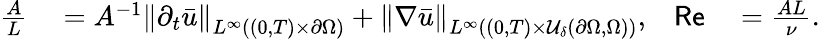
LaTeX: \begin{array}{rlrl}{\frac AL}&{{}=A^{-1}\left\lVert\partial_{t}\bar{u}\right\rVert_{L^{\infty}((0,T)\times\partial\Omega)}+\left\lVert\nabla\bar{u}\right\rVert_{L^{\infty}((0,T)\times\mathcal U_{\delta}(\partial\Omega,\Omega))},}&{\mathsf{Re}}&{{}=\frac{AL}{\nu}.}\end{array}